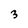
Character: 3